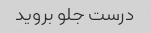
درست جلو بروید